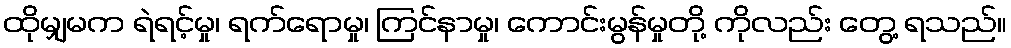
ထိုမျှမက ရဲရင့်မှု၊ ရက်ရောမှု၊ ကြင်နာမှု၊ ကောင်းမွန်မှုတို့ ကိုလည်း တွေ့ ရသည်။